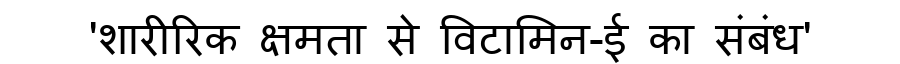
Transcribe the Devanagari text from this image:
'शारीरिक क्षमता से विटामिन-ई का संबंध'